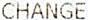
CHANGE